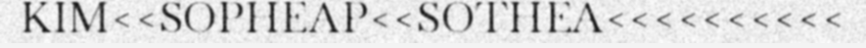
KIM<<SOPHEAP<<SOTHEA<<<<<<<<<<